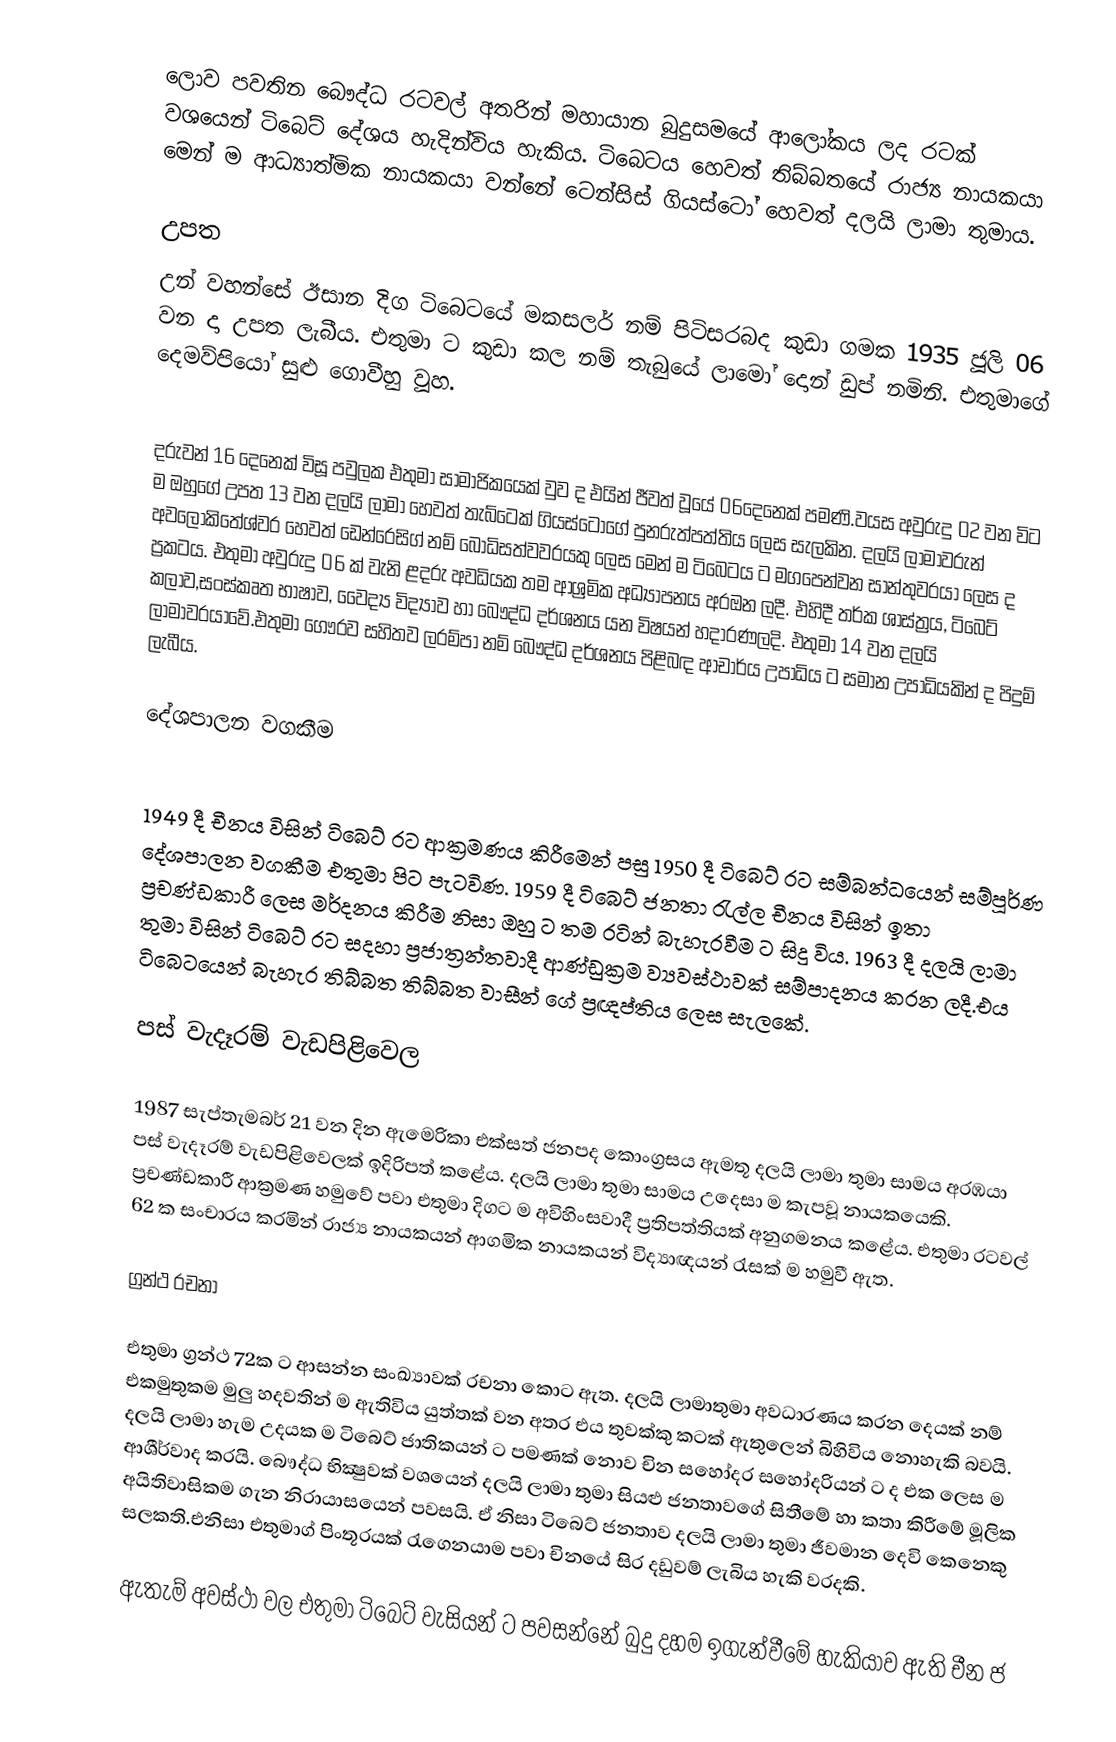
ලොව පවතින බෞද්ධ රටවල් අතරින් මහායාන බුදුසමයේ ආලෝකය ලද රටක් වශයෙන් ටිබෙට් දේශය හැදින්විය හැකිය. ටිබෙටය හෙවත් තිබ්බතයේ රාජ්‍ය නායකයා මෙන් ම ආධ්‍යාත්මික නායකයා වන්නේ ටෙන්සිස් ගියස්ටෝ හෙවත් දලයි ලාමා තුමාය.

උපත
උන් වහන්සේ ඊසාන දිග ටිබෙටයේ මකසලර් නම් පිටිසරබද කුඩා ගමක 1935 ජූලි 06 වන දා උපත ලැබීය. එතුමා ට කුඩා කල නම් තැබුයේ ලාමෝ දොන් ඩුප් නමිනි. එතුමාගේ දෙමව්පියෝ සුළු ගොවීහු වූහ.

දරුවන් 16 දෙනෙක් විසූ පවුලක එතුමා සාමාජිකයෙක් වුව ද එයින් ජීවත් වූයේ 06දෙනෙක් පමණි.වයස අවුරුදු 02 වන විට ම ඔහුගේ උපත 13 වන දලයි ලාමා හෙවත් තැබ්ටෙක් ගියස්ටෝගේ පුනරුත්පත්තිය ලෙස සැලකින. දලයි ලාමාවරුන් අවලෝකිතේශ්වර හෙවත් ඩෙන්රෙසිග් නම් බෝධිසත්වවරයකු ලෙස මෙන් ම ටිබෙටය ට මගපෙන්වන සාන්තුවරයා ලෙස ද ප්‍රකටය. එතුමා අවුරුදු 06 ක් වැනි ළදරු අවධියක තම ආශ්‍රමික අධ්‍යාපනය අරඔන ලදී. එහිදී තර්ක ශාස්ත්‍රය, ටිබෙට් කලාව,සංස්කෘත භාෂාව, වෛද්‍ය විද්‍යාව හා බෞද්ධ දර්ශනය යන විෂයන් හදාරණලදි. එතුමා 14 වන දලයි ලාමාවරයාවේ.එතුමා ගෞරව සහිතව ලරම්පා නම් බෞද්ධ දර්ශනය පිළිබඳ ආචාර්ය උපාධිය ට සමාන උපාධියකින් ද පිදුම් ලැබීය.

දේශපාලන වගකීම

1949 දී චීනය විසින් ටිබෙට් රට ආක්‍රමණය කිරීමෙන් පසු 1950 දී ටිබෙට් රට සම්බන්ධයෙන් සම්පූර්ණ දේශපාලන වගකීම එතුමා පිට පැටවිණ. 1959 දී ටිබෙට් ජනතා රැල්ල චීනය විසින් ඉතා ප්‍රචණ්ඩකාරී ලෙස මර්දනය කිරීම නිසා ඔහු ට තම රටින් බැහැරවීම ට සිදු විය. 1963 දී දලයි ලාමා තුමා විසින් ටිබෙට් රට සදහා ප්‍රජාත්‍රන්තවාදී ආණ්ඩුක්‍රම ව්‍යවස්ථාවක් සම්පාදනය කරන ලදී.එය ටිබෙටයෙන් බැහැර තිබ්බත තිබ්බත වාසීන් ගේ ප්‍රඥප්තිය ලෙස සැලකේ.

පස් වැදෑරම් වැඩපිළිවෙල

1987 සැප්තැමබර් 21 වන දින ඇමෙරිකා එක්සත් ජනපද කොංග්‍රසය ඇමතූ දලයි ලාමා තුමා සාමය අරඹයා පස් වැදෑරම් වැඩපිළිවෙලක් ඉදිරිපත් කළේය. දලයි ලාමා තුමා සාමය උදෙසා ම කැපවූ නායකයෙකි. ප්‍රචණ්ඩකාරී ආක්‍රමණ හමුවේ පවා එතුමා දිගට ම අවිහිංසවාදී ප්‍රතිපත්තියක් අනුගමනය කළේය. එතුමා රටවල් 62 ක සංචාරය කරමින් රාජ්‍ය නායකයන් ආගමික නායකයන් විද්‍යාඥයන් රැසක් ම හමුවී ඇත.

ග්‍රන්ථ රචනා

එතුමා ග්‍රන්ථ 72ක ට ආසන්න සංඛ්‍යාවක් රචනා කොට ඇත. දලයි ලාමාතුමා අවධාරණය කරන දෙයක් නම් එකමුතුකම මුලු හදවතින් ම ඇතිවිය යුත්තක් වන අතර එය තුවක්කු කටක් ඇතුලෙන් බිහිවිය නොහැකි බවයි. දලයි ලාමා හැම උදයක ම ටිබෙට් ජාතිකයන් ට පමණක් නොව චින සහෝදර සහෝදරියන් ට ද එක ලෙස ම ආශීර්වාද කරයි. බෞද්ධ භික්‍ෂුවක් වශයෙන් දලයි ලාමා තුමා සියළු ජනතාවගේ සිතීමේ හා කතා කිරීමේ මූලික අයිතිවාසිකම ගැන නිරායාසයෙන් පවසයි. ඒ නිසා ටිබෙට් ජනතාව දලයි ලාමා තුමා ජීවමාන දෙවි කෙනෙකු සලකති.එනිසා එතුමාග් පිංතූරයක් රැගෙනයාම පවා චිනයේ සිර දඩුවම් ලැබිය හැකි වරදකි.

ඇතැම් අවස්ථා වල එතුමා ටිබෙට් වැසියන් ට පවසන්නේ බුදු දහම ඉගැන්වීමේ හැකියාව ඇති චීන ජ